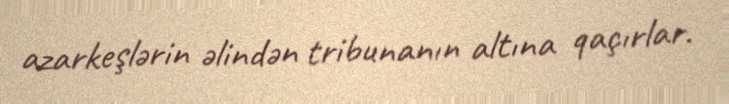
azarkeşlərin əlindən tribunanın altına qaçırlar.